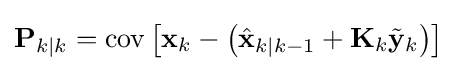
\mathbf {P} _{k\mid k}=\operatorname {cov} \left[\mathbf {x} _{k}-\left({\hat {\mathbf {x} }}_{k\mid k-1}+\mathbf {K} _{k}{\tilde {\mathbf {y} }}_{k}\right)\right]